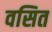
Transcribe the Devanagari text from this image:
वसित